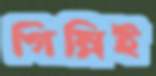
গিন্নিই